Document type: Acquittance
Year: 1296
Scribe: Jaume de Malví
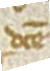
dicte